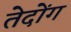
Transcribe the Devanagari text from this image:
तेदोंग